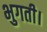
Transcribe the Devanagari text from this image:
भुगती।